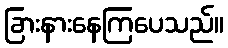
ခြားနားနေကြပေသည်။